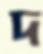
দ